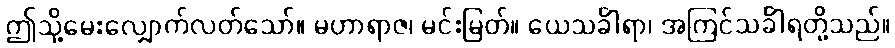
ဤသို့မေးလျှောက်လတ်သော်။ မဟာရာဇ၊ မင်းမြတ်။ ယေသင်္ခါရာ၊ အကြင်သင်္ခါရတို့သည်။